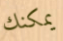
يمكنك